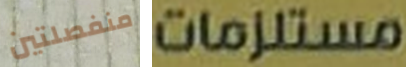
منفصلتين مستلزمات